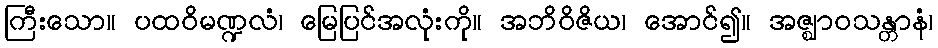
ကြီးသော။ ပထဝိမဏ္ဍလံ၊ မြေပြင်အလုံးကို။ အဘိဝိဇိယ၊ အောင်၍။ အဇ္ဈာဝသန္တာနံ၊